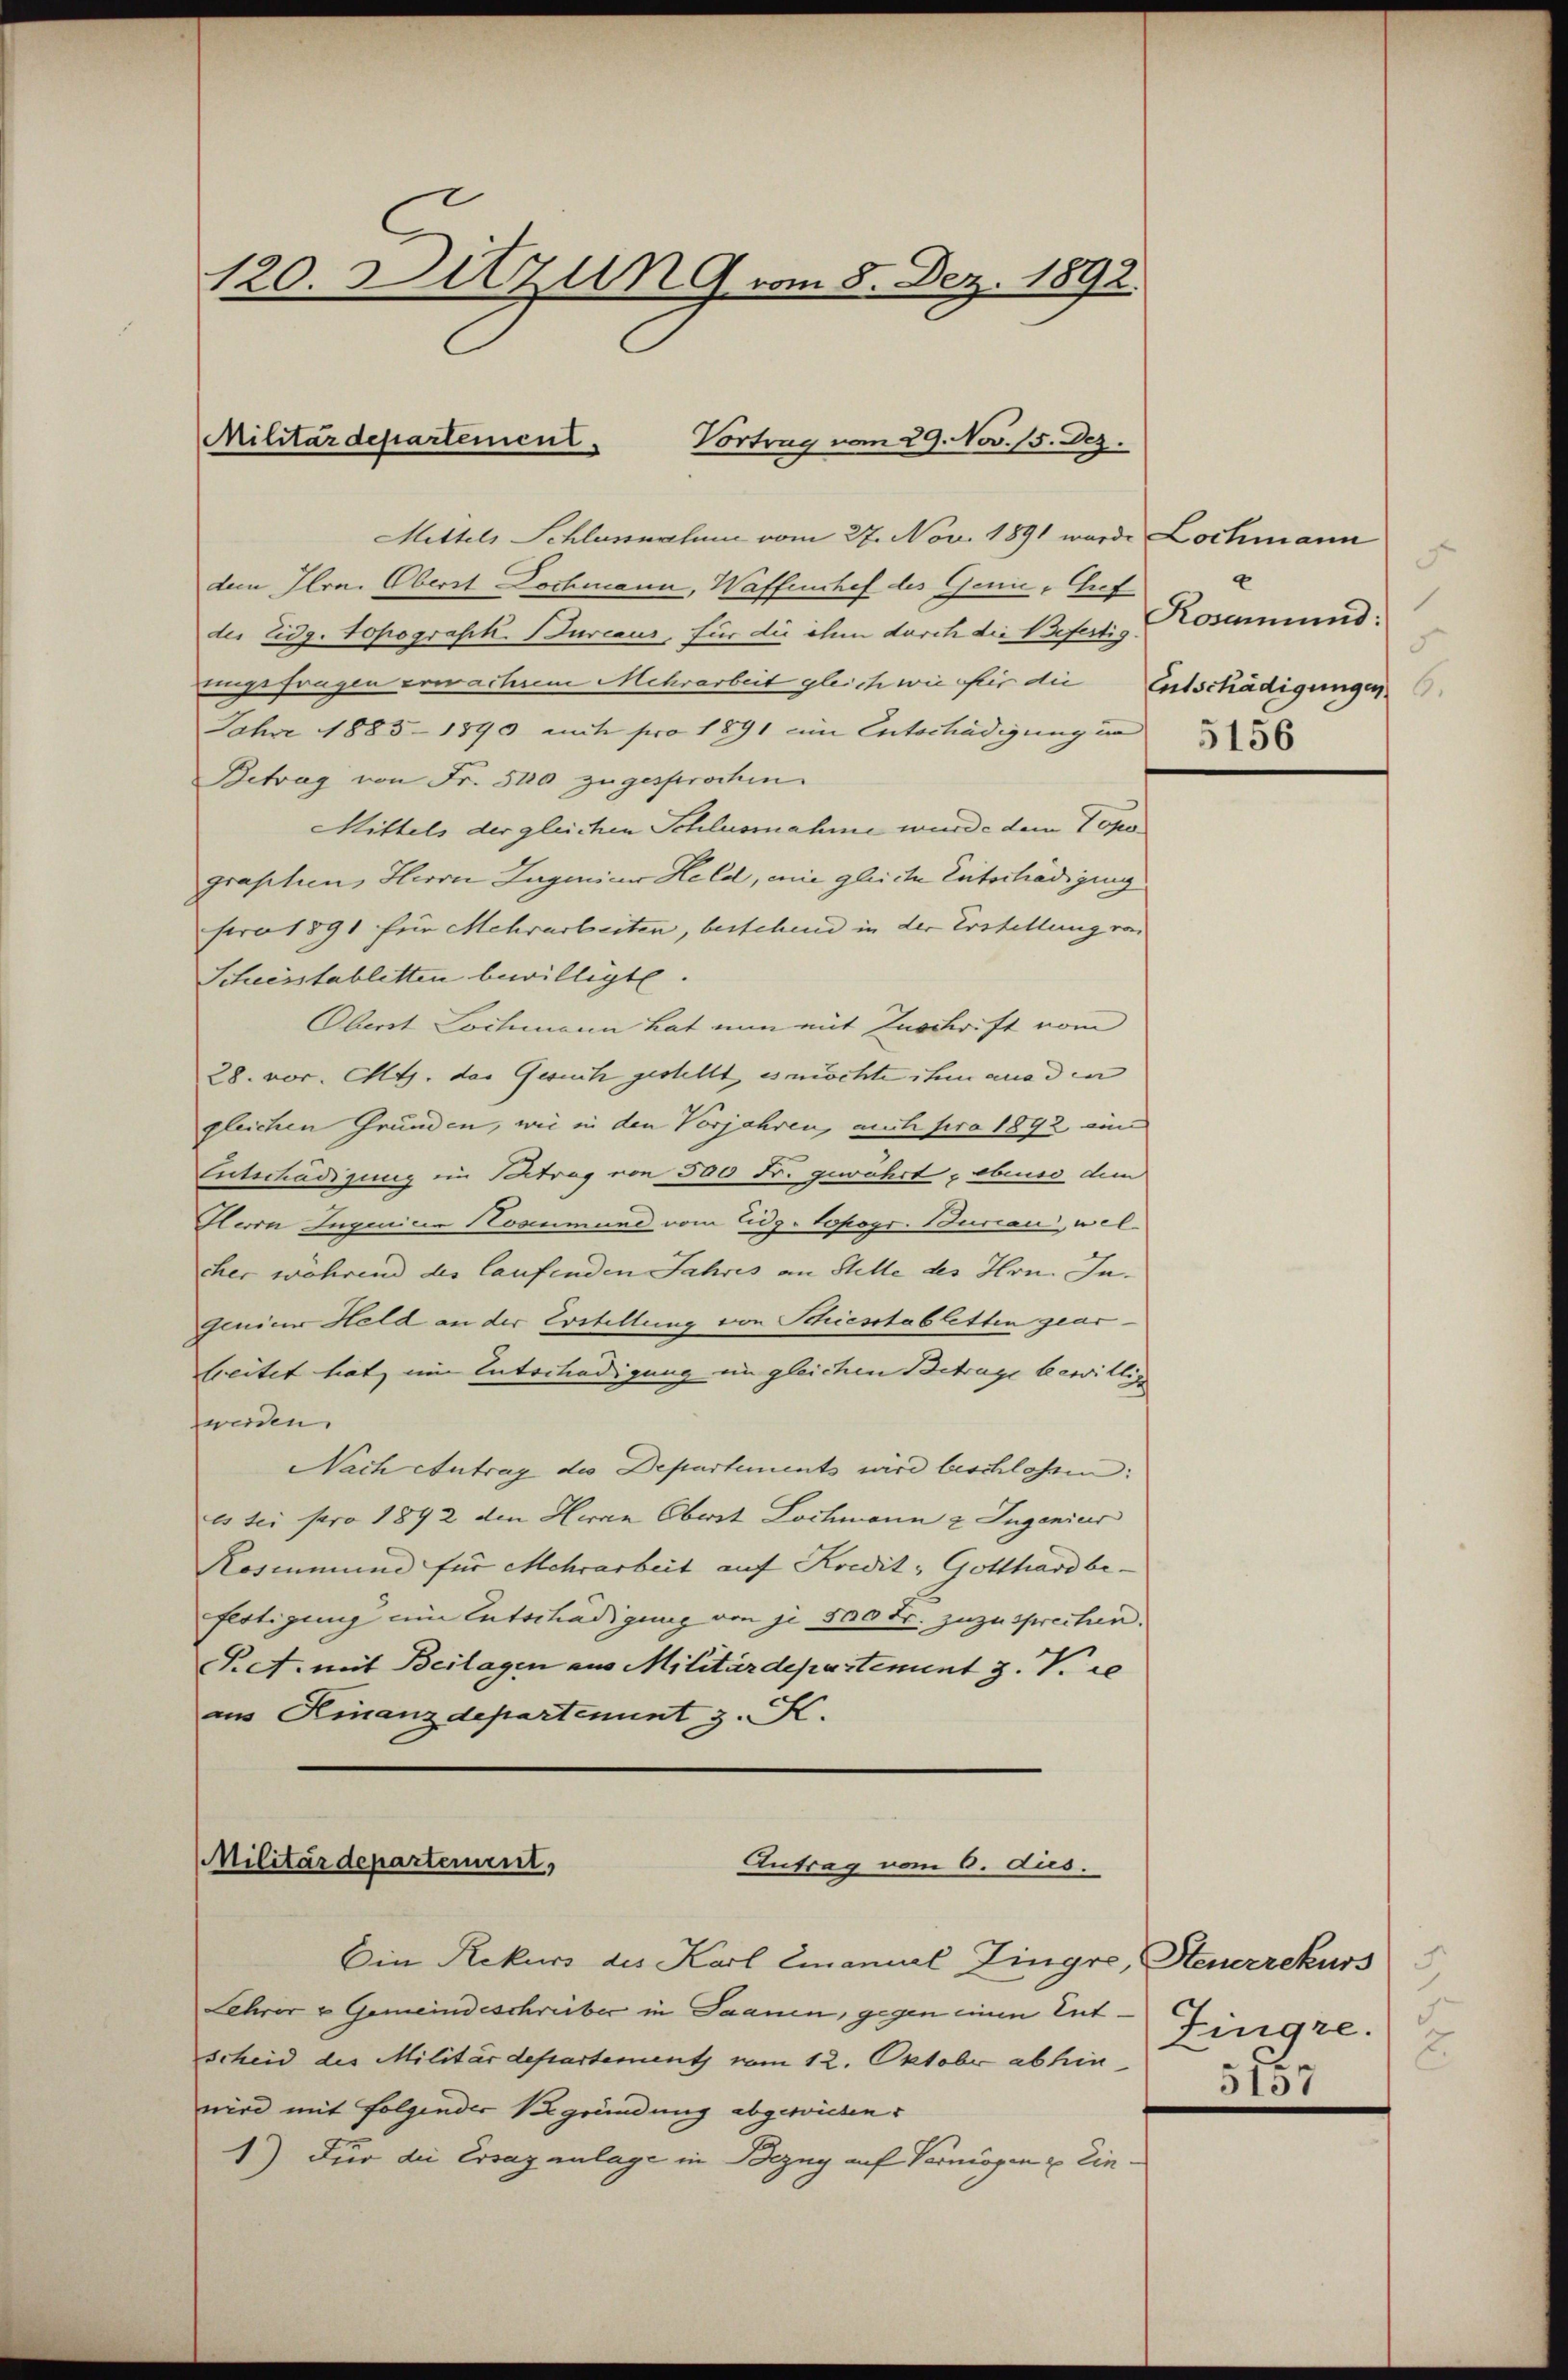
120. Ditzung vom 8. Dez. 1892.

Militärdepartement. Vortrag vom 29. Nov. 15. Dez.

Mittels Schlussnahme vom 27. Nov. 1891 wurde Lochmann
dem Hrn. Oberst Dochmann, Waffenshef des Genie Chef
der Eidg. Topografik. Bureaus, für die ihn durch die Befertig
ungsfragen erwachen Mehrarbeit gleich wie fir die Entschädigungen
Jahre 1883-1890 mit pro 1891 ein Entschädigung in
Betrag von Fr. 500 zugesprochen.
Mittels der gleichen Schlussnahme wurde dem Topographen, Herrn Lageiar Held, wie gleiche Entschädigung
pro 1891 für Mehrarbeiten, bestehend in der Erstellung von
Scheisstablitten bewilligte.
Oberst Lochmann hat nun mit Zuschrift vom
28. vor. Mts. das Gesuch gestellt es möchte ihm aus den |
gleichen Grunden, wie in den Vorjahren, auch pro 1892 ein
Enterhädigung ein Betrag von 500 Fr. gewährt, obenso dem
Herrn Ingenier Hosenmune vom Eidg. topogr. Bureau, welcher während des laufenden Jahres an Stelle des Hrn. Ingenien Held an der Erstellung von Schiesstabletten gearbreitet hat, im Untertadigung ein gleichen Betrage bewillig
werden.
Nach Antrag des Departements wird beschlossen:
es bei pro 1892 den Herrn Oberst Lochmann 2 Jugenier
Rosenmund für Mehrarbeit auf Kredit, Gotthard be-
flätigung ein Entschädigung von je 500 Fr. zuzusprechen.
P.A. mit Beilagen aus Militärdepartement z. V. de
aus Kinanzdepartenunt z. K.

Militärdepartement,
Antrag vom 6. aus.

Ein Rekurs des Karl Emanuel Zingre, Steuerrekurs
Lehrer & Gemeindeschreiber in Saanen, gegen einen Entscheid des Militärdepartement vom 12. Oktober abhin
wird mit folgender Begründung abgewiesen.
1) Für die Ersaz anlage in Bezug auf Vermögen u. Ein¬

F
4
1
Kosmund:
d

.
Zingre.
2.
5157